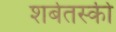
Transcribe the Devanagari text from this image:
शर्बतस्की